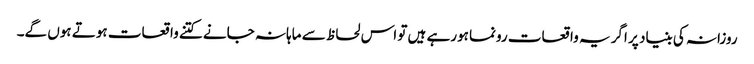
روزانہ کی بنیاد پر اگر یہ واقعات رونما ہورہے ہیں تو اس لحاظ سے ماہانہ جانے کتنے واقعات ہوتے ہوں گے۔